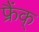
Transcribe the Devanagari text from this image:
फ्रैंक्